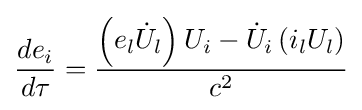
{\frac {de_{i}}{d\tau }}={\frac {\left(e_{l}{\dot {U}}_{l}\right)U_{i}-{\dot {U}}_{i}\left(i_{l}U_{l}\right)}{c^{2}}}